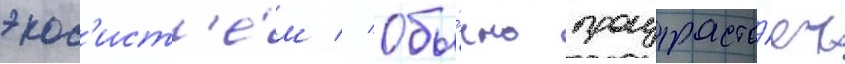
экос'ист'е́м // Обы́чно произраста́ет